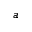
a